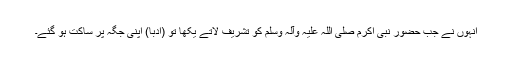
انہوں نے جب حضور نبی اکرم صلی اللہ علیہ وآلہ وسلم کو تشریف لاتے یکھا تو (ادباً) اپنی جگہ پر ساکت ہو گئے۔